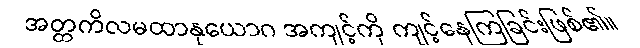
အတ္တကိလမထာနုယောဂ အကျင့်ကို ကျင့်နေကြခြင်းဖြစ်၏။